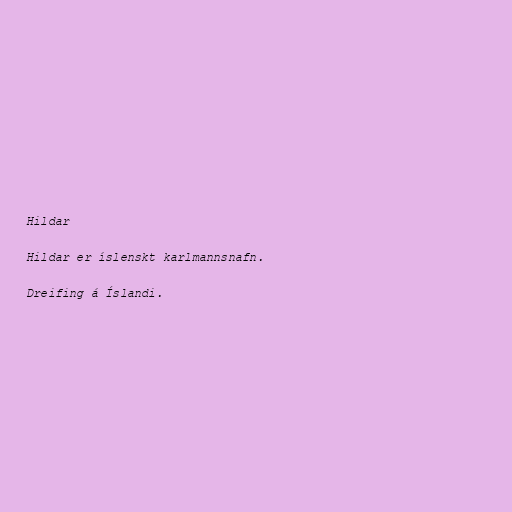
Hildar

Hildar er íslenskt karlmannsnafn.

Dreifing á Íslandi.